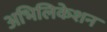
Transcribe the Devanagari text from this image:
अभिलिकेशन